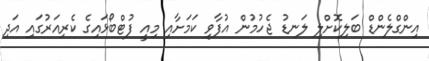
އިންގްލެންޑް ބަލިކޮށްލި ލަނޑު ޖެހުމުން އުފާވި ކަމަށާއި މިއީ ފުޓްބޯޅައިގެ ކެރިއަރުގައި އަދި